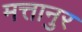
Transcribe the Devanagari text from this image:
मत्तानुर